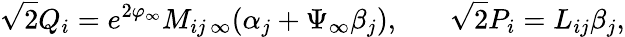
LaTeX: \sqrt{2}Q_{i}=e^{2\varphi_{\infty}}M_{ij\, \infty}(\alpha_{j}+\Psi_{\infty}\beta_{j}),\ \ \ \ \ \ \ \sqrt{2}P_{i}=L_{ij}{\beta}_{j},